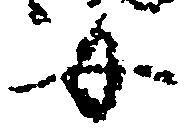
女